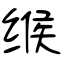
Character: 缑